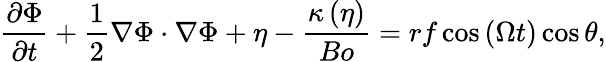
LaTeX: \frac{\partial\Phi}{\partial t}+\frac{1}{2}\nabla\Phi\cdot\nabla\Phi+\eta-\frac{\kappa\left(\eta\right)}{Bo}=rf\cos{\left(\Omega t\right)}\cos{\theta},